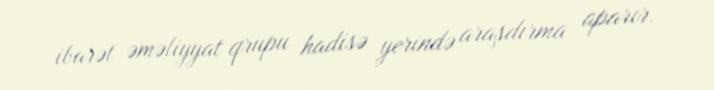
ibarət əməliyyat qrupu hadisə yerində araşdırma aparır.